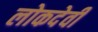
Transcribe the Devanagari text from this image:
लोकदेवी